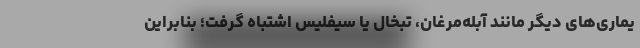
یماری‌های دیگر مانند آبله‌مرغان، تبخال یا سیفلیس اشتباه گرفت؛ بنابراین